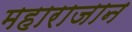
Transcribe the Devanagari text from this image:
महाराजान